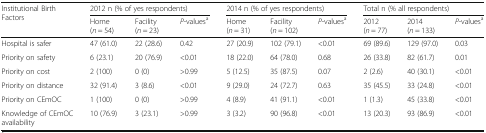
<table><thead><tr><td rowspan="2"><b>Institutional Birth Factors</b></td><td colspan="3"><b>2012 n (% of yes respondents)</b></td><td colspan="3"><b>2014 n (% of yes respondents)</b></td><td colspan="3"><b>Total n (% all respondents)</b></td></tr><tr><td><b>Home (<i>n</i> = 54)</b></td><td><b>Facility (<i>n</i> = 23)</b></td><td><b><i>P</i>-values<sup>a</sup></b></td><td><b>Home (<i>n</i> = 31)</b></td><td><b>Facility (<i>n</i> = 102)</b></td><td><b><i>P</i>-values<sup>a</sup></b></td><td><b>2012 (<i>n</i> = 77)</b></td><td><b>2014 (<i>n</i> = 133)</b></td><td><b><i>P</i>-values<sup>a</sup></b></td></tr></thead><tbody><tr><td>Hospital is safer</td><td>47 (61.0)</td><td>22 (28.6)</td><td>0.42</td><td>27 (20.9)</td><td>102 (79.1)</td><td>&lt;0.01</td><td>69 (89.6)</td><td>129 (97.0)</td><td>0.03</td></tr><tr><td>Priority on safety</td><td>6 (23.1)</td><td>20 (76.9)</td><td>&lt;0.01</td><td>18 (22.0)</td><td>64 (78.0)</td><td>0.68</td><td>26 (33.8)</td><td>82 (61.7)</td><td>0.01</td></tr><tr><td>Priority on cost</td><td>2 (100)</td><td>0 (0)</td><td>&gt;0.99</td><td>5 (12.5)</td><td>35 (87.5)</td><td>0.07</td><td>2 (2.6)</td><td>40 (30.1)</td><td>&lt;0.01</td></tr><tr><td>Priority on distance</td><td>32 (91.4)</td><td>3 (8.6)</td><td>&lt;0.01</td><td>9 (29.0)</td><td>24 (72.7)</td><td>0.63</td><td>35 (45.5)</td><td>33 (24.8)</td><td>&lt;0.01</td></tr><tr><td>Priority on CEmOC</td><td>1 (100)</td><td>0 (0)</td><td>&gt;0.99</td><td>4 (8.9)</td><td>41 (91.1)</td><td>&lt;0.01</td><td>1 (1.3)</td><td>45 (33.8)</td><td>&lt;0.01</td></tr><tr><td>Knowledge of CEmOC availability</td><td>10 (76.9)</td><td>3 (23.1)</td><td>&gt;0.99</td><td>3 (3.2)</td><td>90 (96.8)</td><td>&lt;0.01</td><td>13 (20.3)</td><td>93 (86.9)</td><td>&lt;0.01</td></tr></tbody></table>